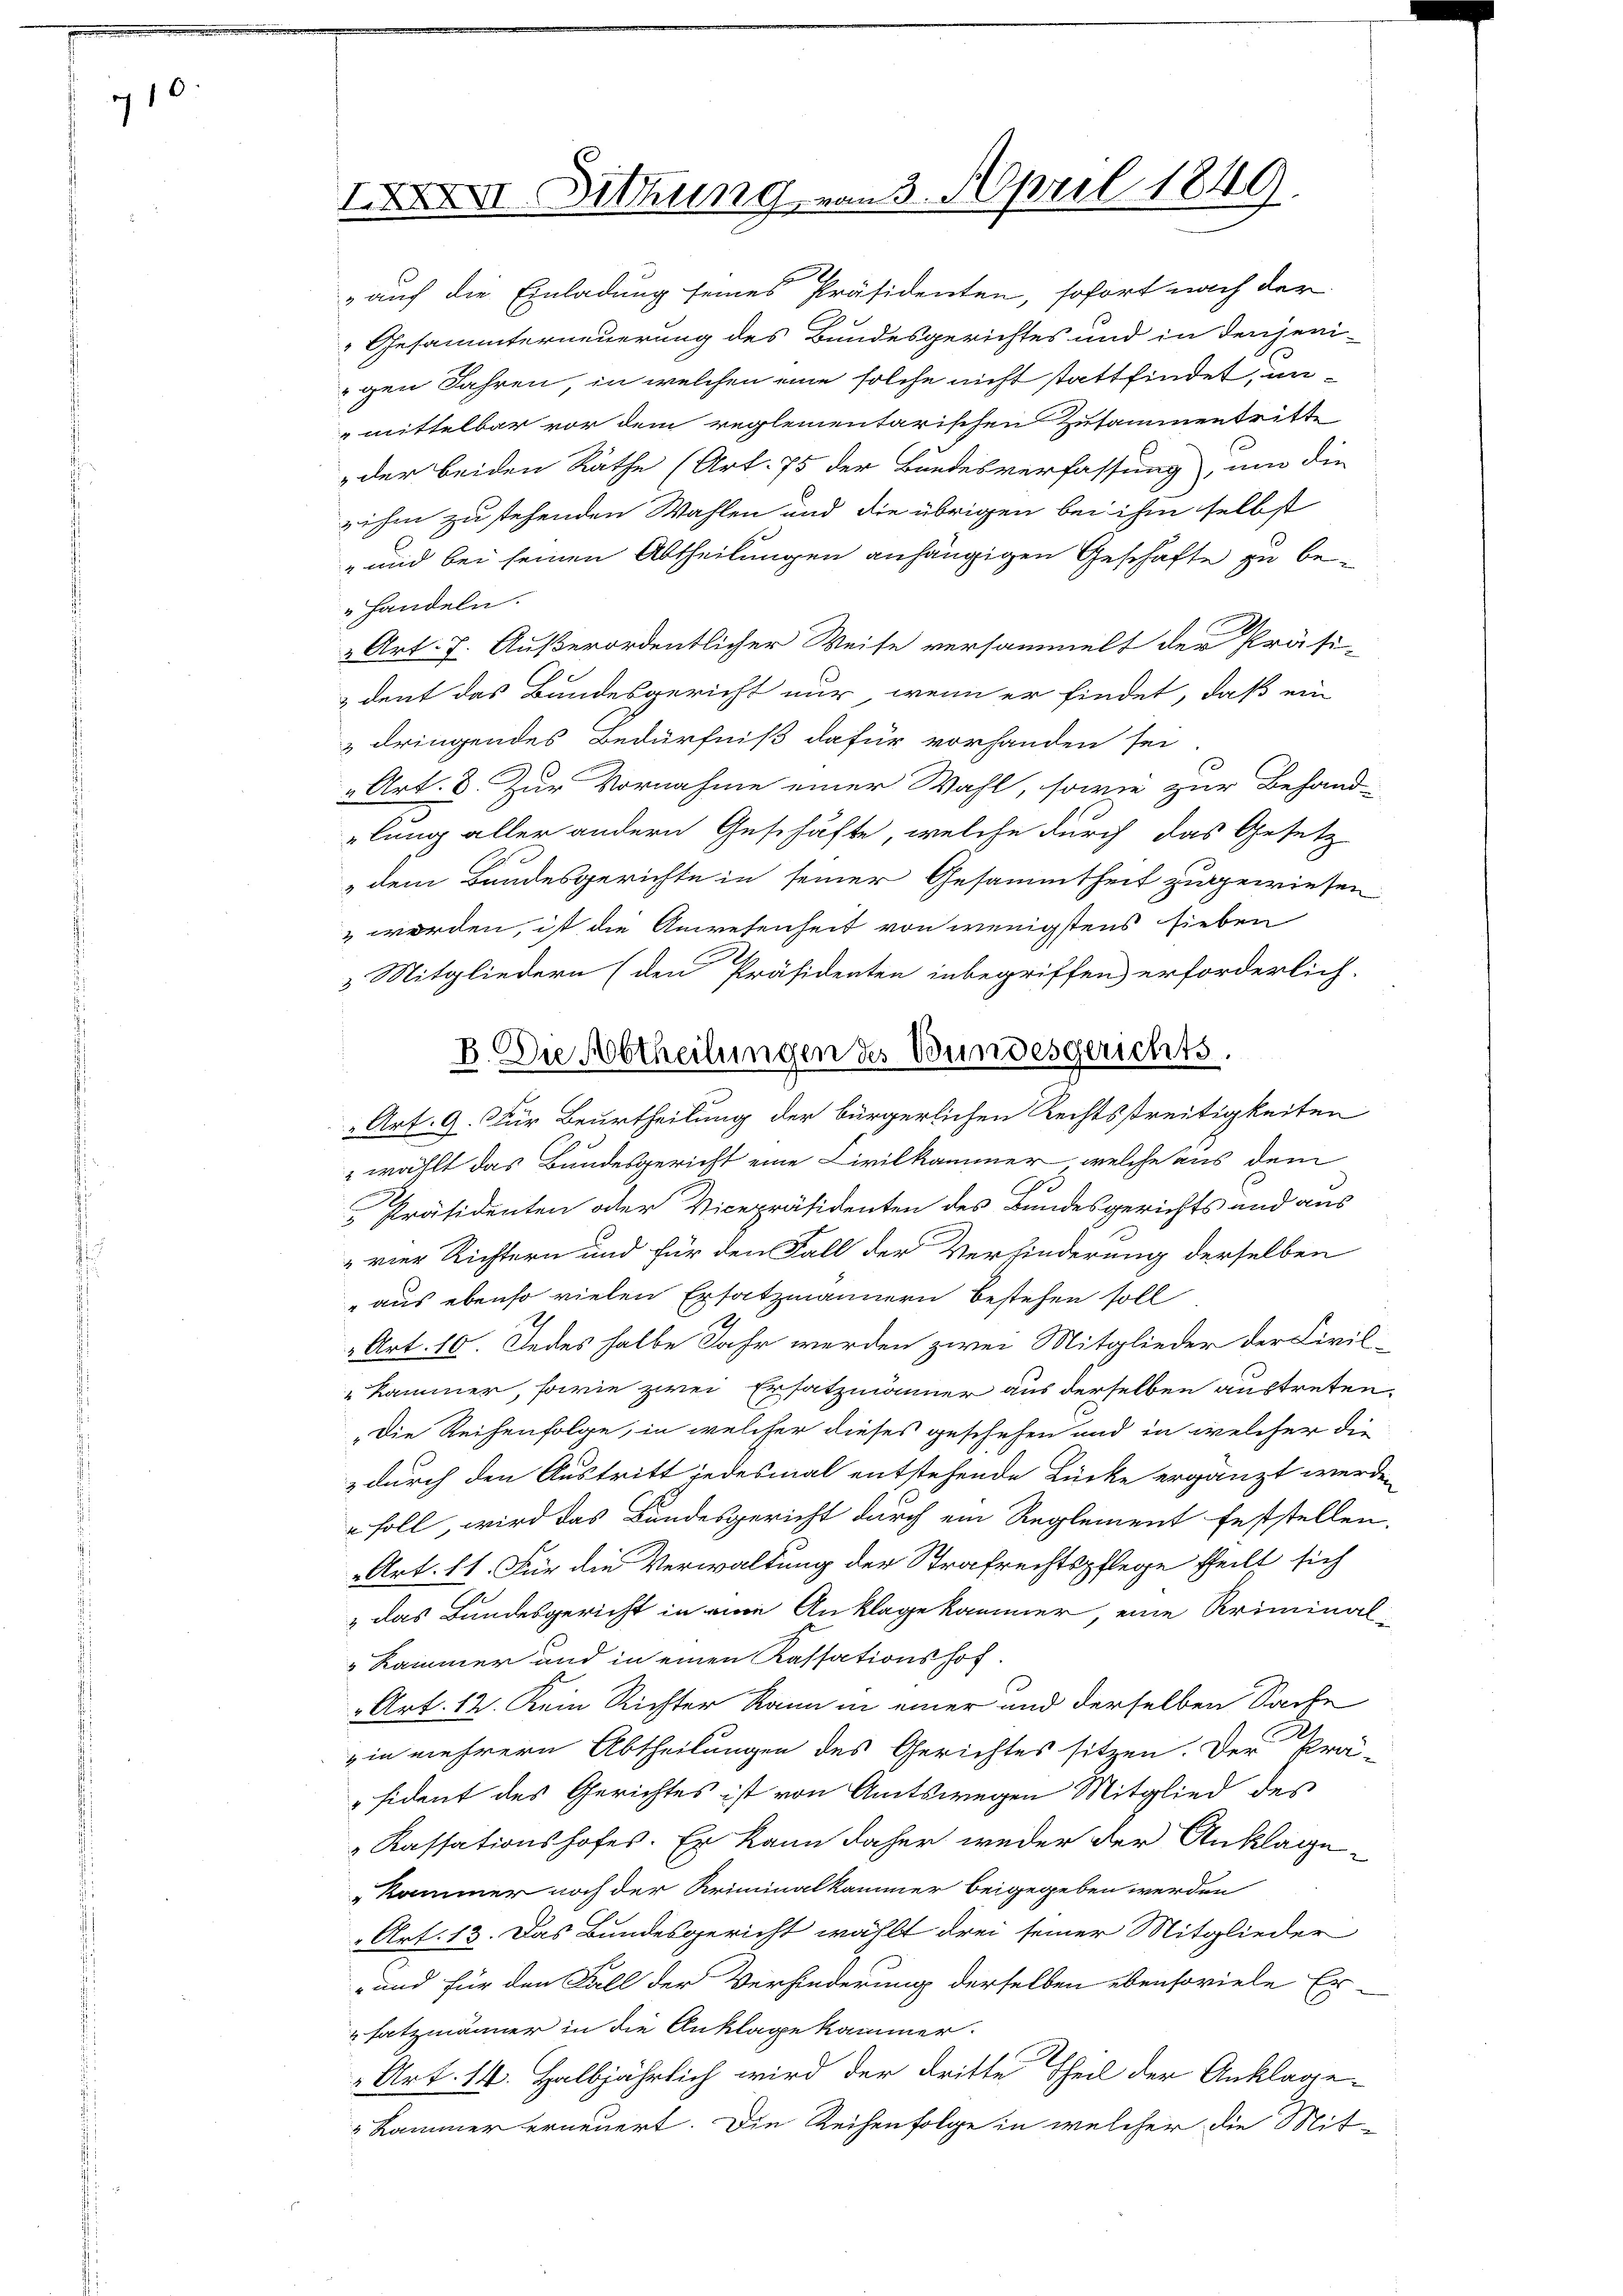
110
i

IXXXII Sitzung von 3. April 1849.

auf die Einladung seines Präsidenten, sofort nach der
Gesammterneuerung des Bundesgerichtes und in denjeni-
gen Jahren, in welchen eine solche nicht stattfindet, unmittelbar vor dem reglementarischen Zusammentritte
der beiden Rathe (Art. 75 der Bundesverfassung, um die
 ihm zu stehenden Wahlen und die übrigen bei ihm selbst
" und bei seinen Abtheilungen anhängigen Geschäfte zu behandeln.
 Art. 7. Außerordentlicher Weise versammelt der Präsi-
dent das Bundesgericht nur, wenn er findet, daß ein
 dringendes Bedürfniß dafür vorhanden sei
„Art. 8. Zur Vornahme einer Wahl, sowie zur Behand-
lung aller andern Geschäfte, welche durch das Gesetz
„dem Bandesgerichte in seiner Gesammtheit zugewiesen
 worden, ist die Anwesenheit von wenigstens sieben
Mitgliedern (den Präsidenten inbegriffen) erforderlich.
Art. 9. Für Beurtheilung der bürgerlichen Rechtsstreitigkeiten
 wählt das Bundesgericht eine Civilkammer welche aus dem
Präsidenten oder Vicepräsidenten des Bundesgerichts und aus
vier Richtern und für den Fall der Verhinderung derselben
aus ebenso vielen Ersatzmännern bestehen soll
Art. 10. Jedes halbe Jahr werden zwei Mitglieder der Civil-
"Kammer, sowie zwei Ersatzmänner aus derselben auftreten.
Die Reihenfolge, in welcher dieses geschehen und in welcher die
 durch den Austritt jedesmal entstehende Lücke ergänzt werden
" soll wird das Bundesgericht durch ein Reglement feststellen,
Art. 11. Für die Verwaltung der Strafrechtspflege theilt sich
"das Bundesgericht in eine Anklage kammer, eine Kriminal-
" Kammer und in einen Kassationshof
Art. 12. Kein Richter kann in einer und derselben Sache
in mehrern Abtheilungen des Gerichtes sitzen. Der Pro-
sident des Gerichtes ist von Amtswegen Mitglied des
Kassationshofes. Er kann daher weder der Anklage¬
Kammer noch der Kriminalkammer beigegeben werden
Art. 13. Das Bundesgericht wählt drei seiner Mitglieder
- und für den Fall der Verhinderung derselben ebensoviele Er-
satzmänner in die Anklage kammer.
Art. 14. Halbjährlich wird der dritte Theil der Anklage
Kammer erneuert. Die Reihenfolge in welcher die Mit-

B. Die Abtheilungen des Bundesgerichts.